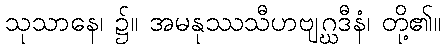
သုသာနေ၊ ၌။ အမနုဿသီဟဗျဂ္ဃဒီနံ၊ တို့၏။